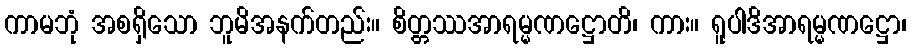
ကာမဘုံ အစရှိသော ဘူမိအနက်တည်း။ စိတ္တဿအာရမ္မဏဋ္ဌောတိ၊ ကား။ ရူပါဒိအာရမ္မဏဋ္ဌော၊